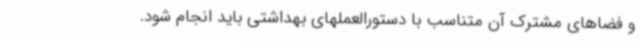
و فضاهای مشترک آن متناسب با دستورالعملهای بهداشتی باید انجام شود.